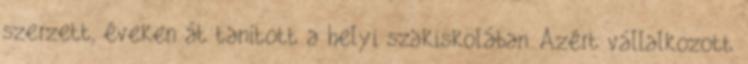
szerzett, éveken át tanított a helyi szakiskolában. Azért vállalkozott